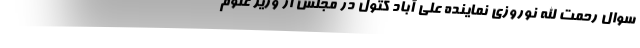
سوال رحمت الله نوروزی نماینده علی آباد کتول در مجلس از وزیر علوم